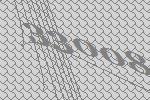
33008